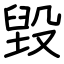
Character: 毀